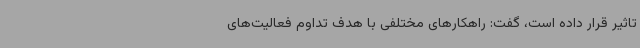
تاثیر قرار داده است، گفت: راهکارهای مختلفی با هدف تداوم فعالیت‌های